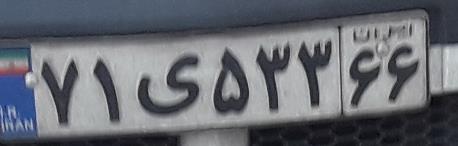
۷۱ی۵۳۳۶۶